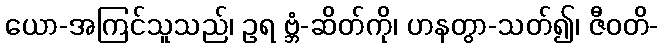
ယော-အကြင်သူသည်၊ ဥရ ဗ္ဘံ-ဆိတ်ကို၊ ဟနတွာ-သတ်၍၊ ဇီဝတိ-